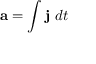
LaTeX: \mathbf { a } = \int \mathbf { j } \ d t